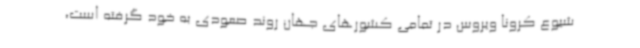
شیوع کرونا ویروس در تمامی کشورهای جهان روند صعودی به خود گرفته است،